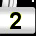
Digit: 2